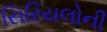
સિરિયલોની